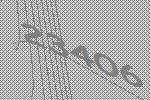
23406